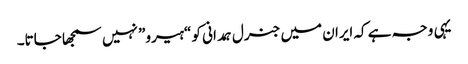
یہی وجہ ہے کہ ایران میں جنرل ہمدانی کو “ہیرو” نہیں سمجھا جاتا۔